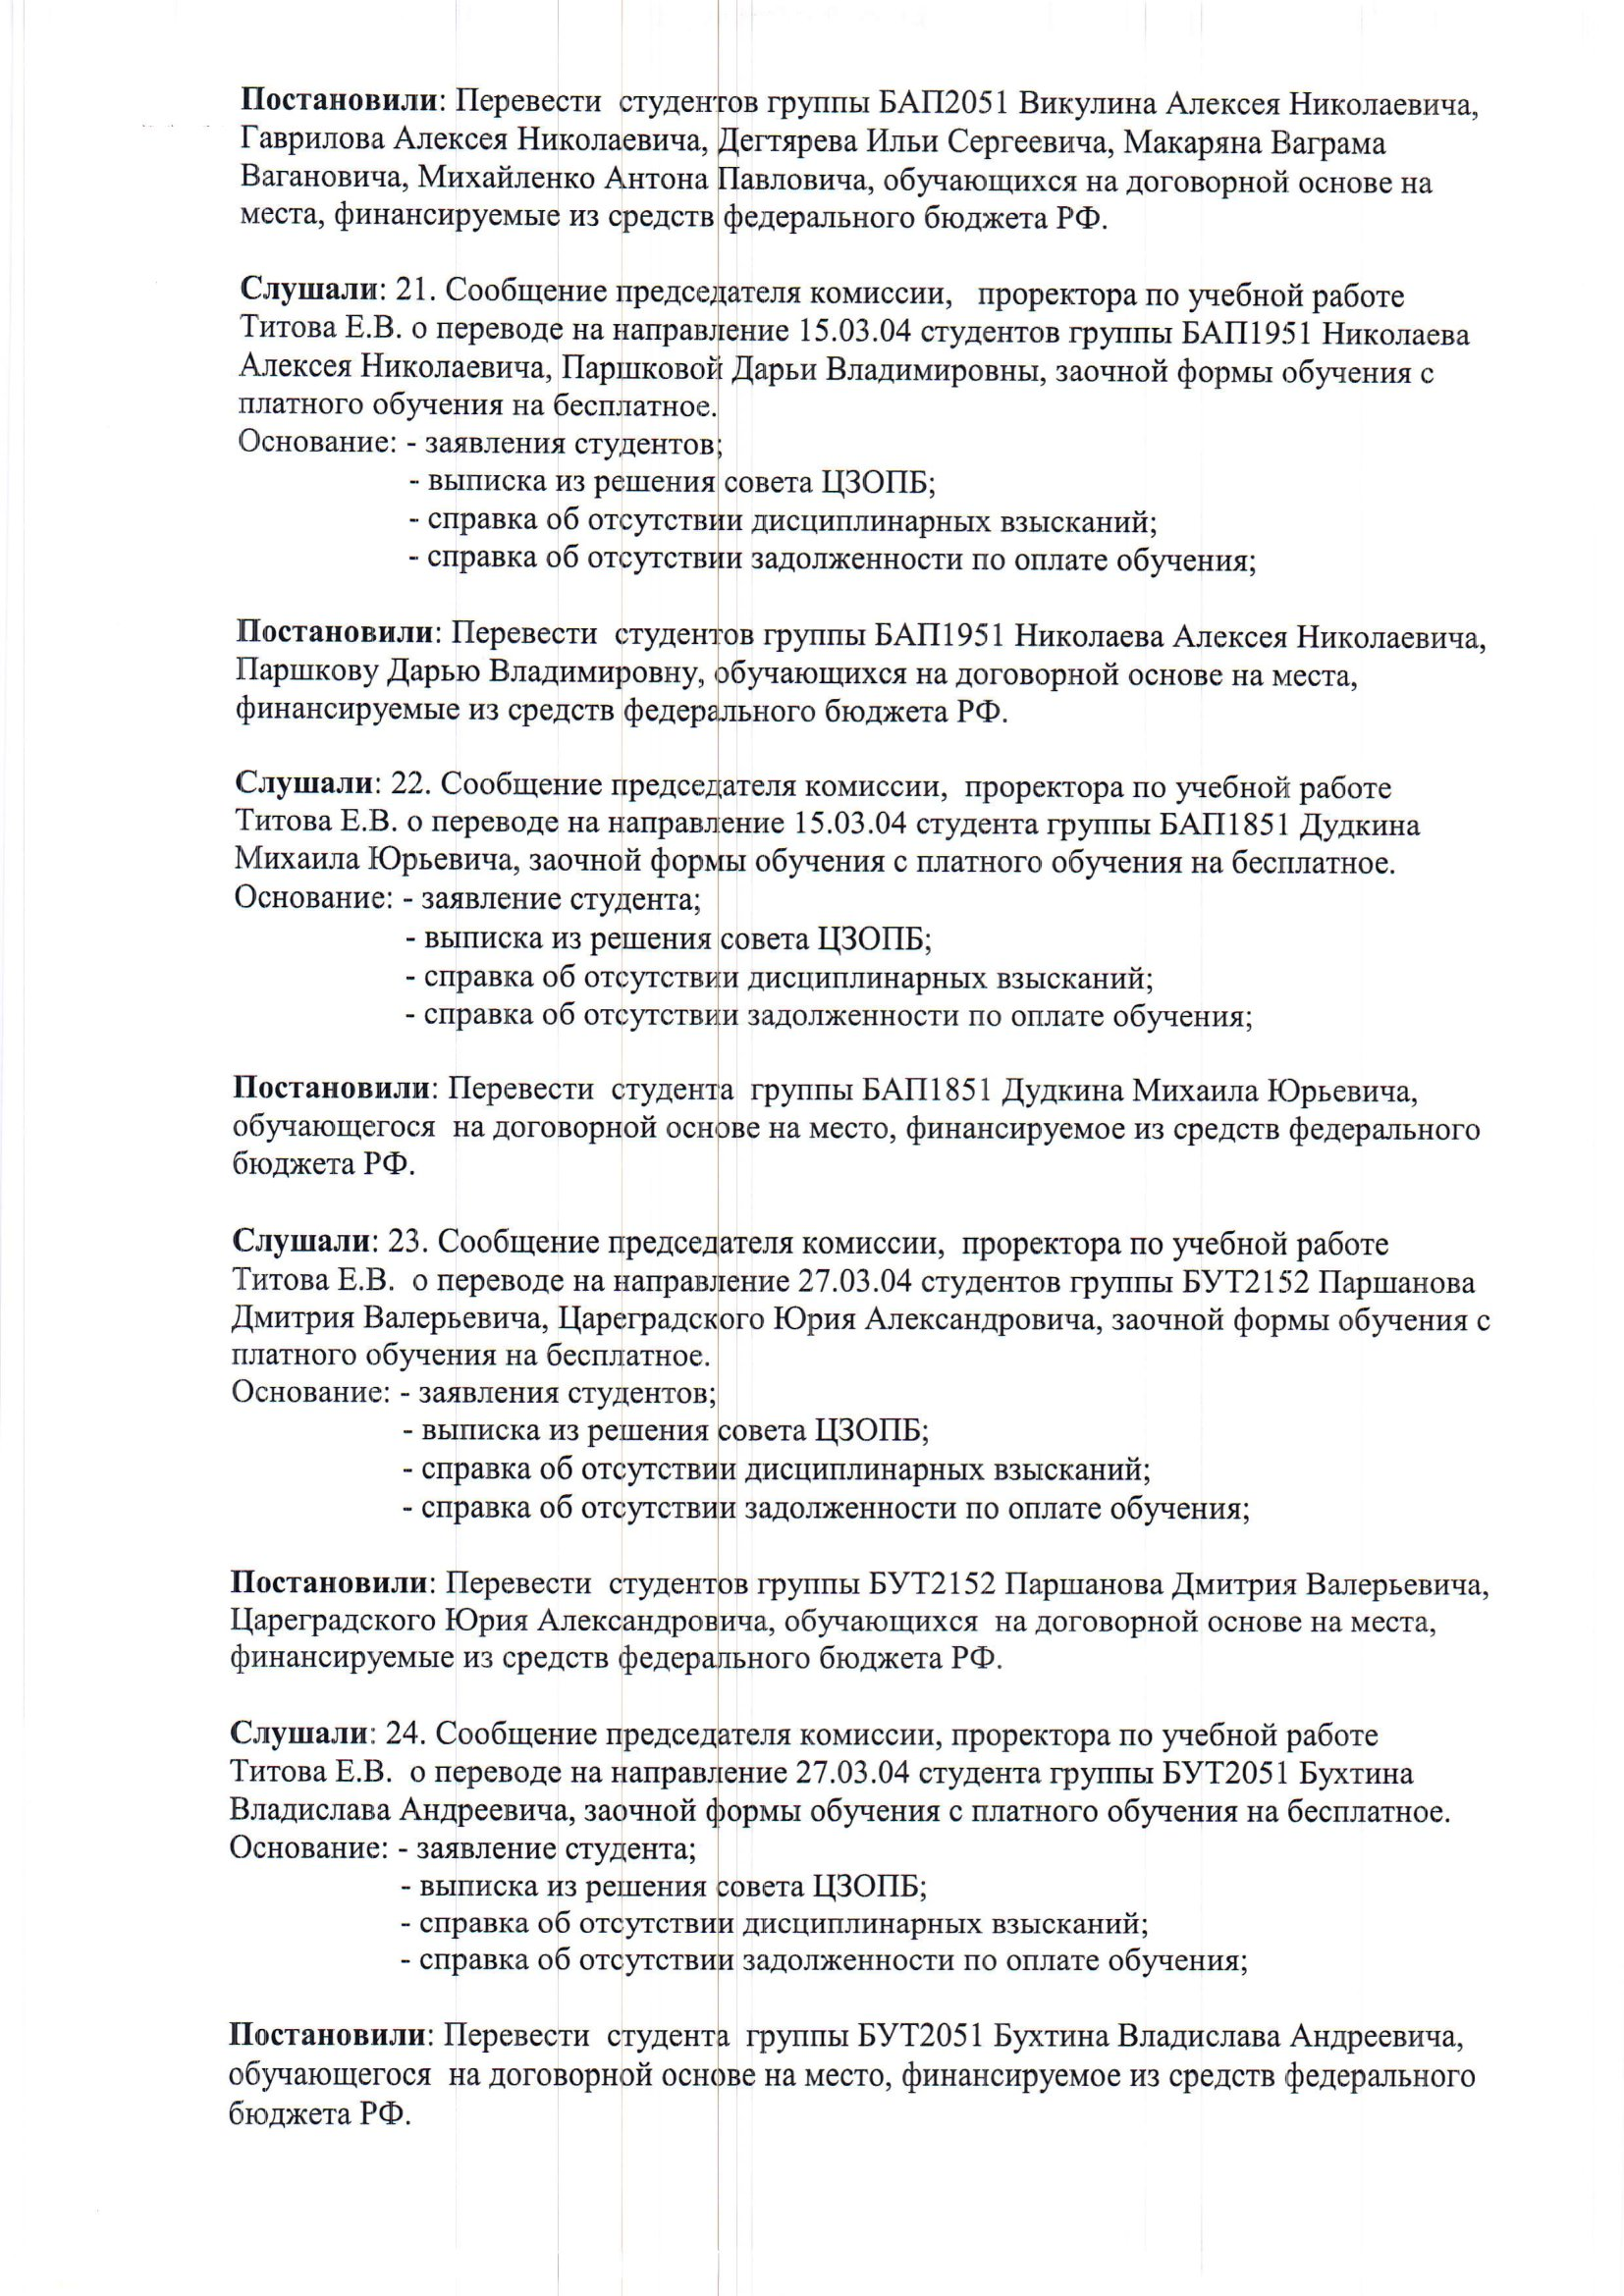
Language: ru